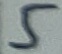
Text: 5